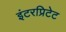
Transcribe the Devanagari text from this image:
इंटरप्रिटेट